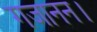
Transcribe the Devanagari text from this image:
गजानन।